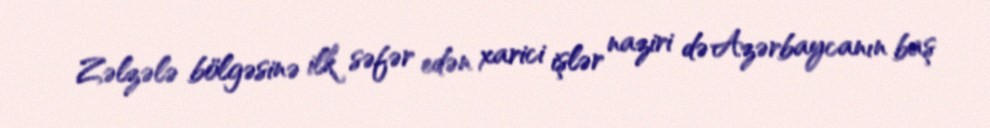
Zəlzələ bölgəsinə ilk səfər edən xarici işlər naziri də Azərbaycanın baş